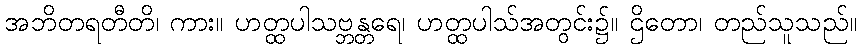
အဘိတရတီတိ၊ ကား။ ဟတ္ထပါသဗ္ဘန္တရေ၊ ဟတ္ထပါသ်အတွင်း၌။ ဌိတော၊ တည်သူသည်။